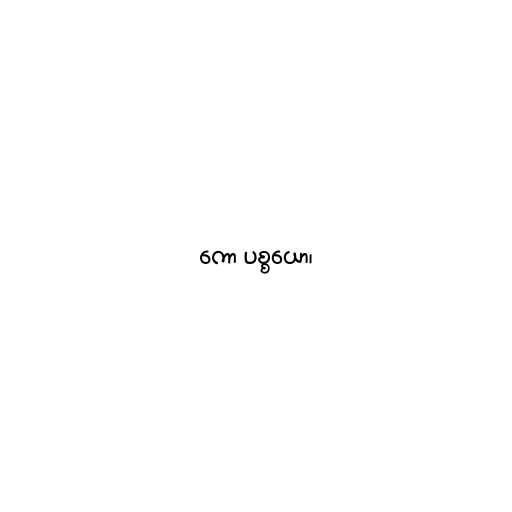
ကော ပစ္စယော၊